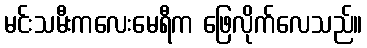
မင်းသမီးကလေးမေရီက ဖြေလိုက်လေသည်။